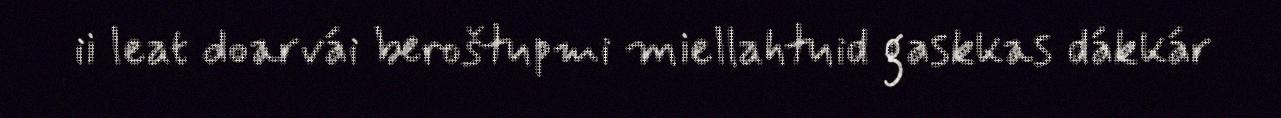
ii leat doarvái beroštupmi miellahtuid gaskkas dákkár